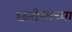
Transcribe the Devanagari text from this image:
छतीसाच्या